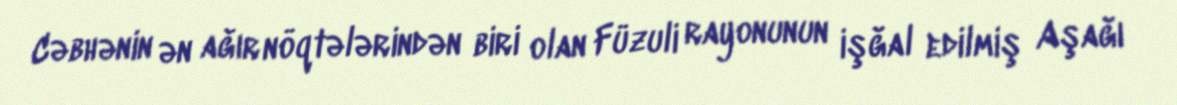
Cəbhənin ən ağır nöqtələrindən biri olan Füzuli rayonunun işğal edilmiş Aşağı